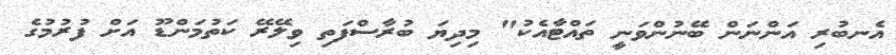
އެނބުރި އަންނަން ބޭނުންވަނީ ތައްޓާއެކު" މިދިޔަ ބުރާސްފަތި ވިލޭރޭ ކަތުމަންޑޫ އަށް ފުރުމުގެ